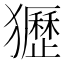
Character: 㺡